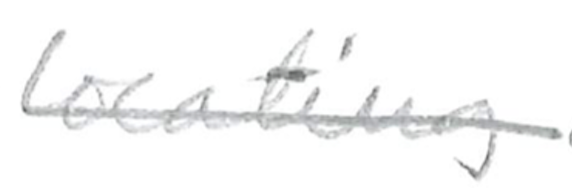
Text: locating
Cross-out: single-line
Writing tool: pencil